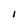
Character: 1